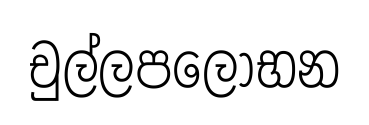
චුල්ලපලොභන